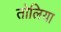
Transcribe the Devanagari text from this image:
तोलिया